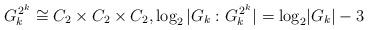
LaTeX: \begin{align*} G_k^{\, 2^k} \cong C_2 \times C_2 \times C_2, \log_2 \vert G_k : G_k^{\, 2^k} \rvert = \log_2 \lvert G_k \rvert - 3 \end{align*}